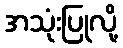
အသုံးပြုလို့